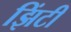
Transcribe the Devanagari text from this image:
झिंटी